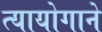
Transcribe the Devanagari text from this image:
त्यायोगाने